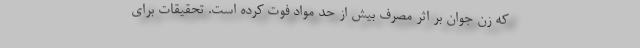
که زن جوان بر اثر مصرف بیش از حد مواد فوت کرده است. تحقیقات برای